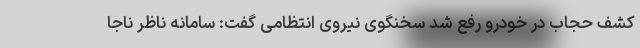
کشف حجاب در خودرو رفع شد سخنگوی نیروی انتظامی گفت: سامانه ناظر ناجا